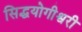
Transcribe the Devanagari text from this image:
सिद्धयोगीश्वरी